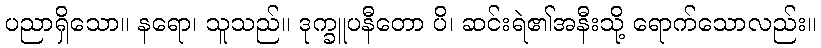
ပညာရှိသော။ နရော၊ သူသည်။ ဒုက္ခူပနီတော ပိ၊ ဆင်းရဲ၏အနီးသို့ ရောက်သောလည်း။